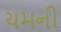
યમની